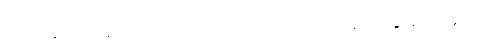
အေးချမ်းငြိမ်သက်သော တောဘဝကို အောက်မေ့မိသည်။